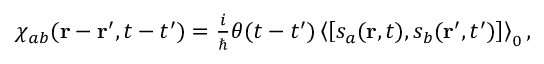
\begin{array} { r } { \chi _ { a b } ( \mathbf { r } - \mathbf { r } ^ { \prime } , t - t ^ { \prime } ) = \frac { i } { \hbar } \theta ( t - t ^ { \prime } ) \left< \left[ s _ { a } ( \mathbf { r } , t ) , s _ { b } ( \mathbf { r } ^ { \prime } , t ^ { \prime } ) \right] \right> _ { 0 } , } \end{array}